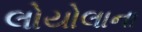
લોયોલાના